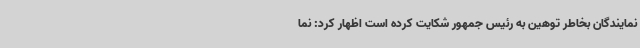
نمایندگان بخاطر توهین به رئیس جمهور شکایت کرده است اظهار کرد: نما